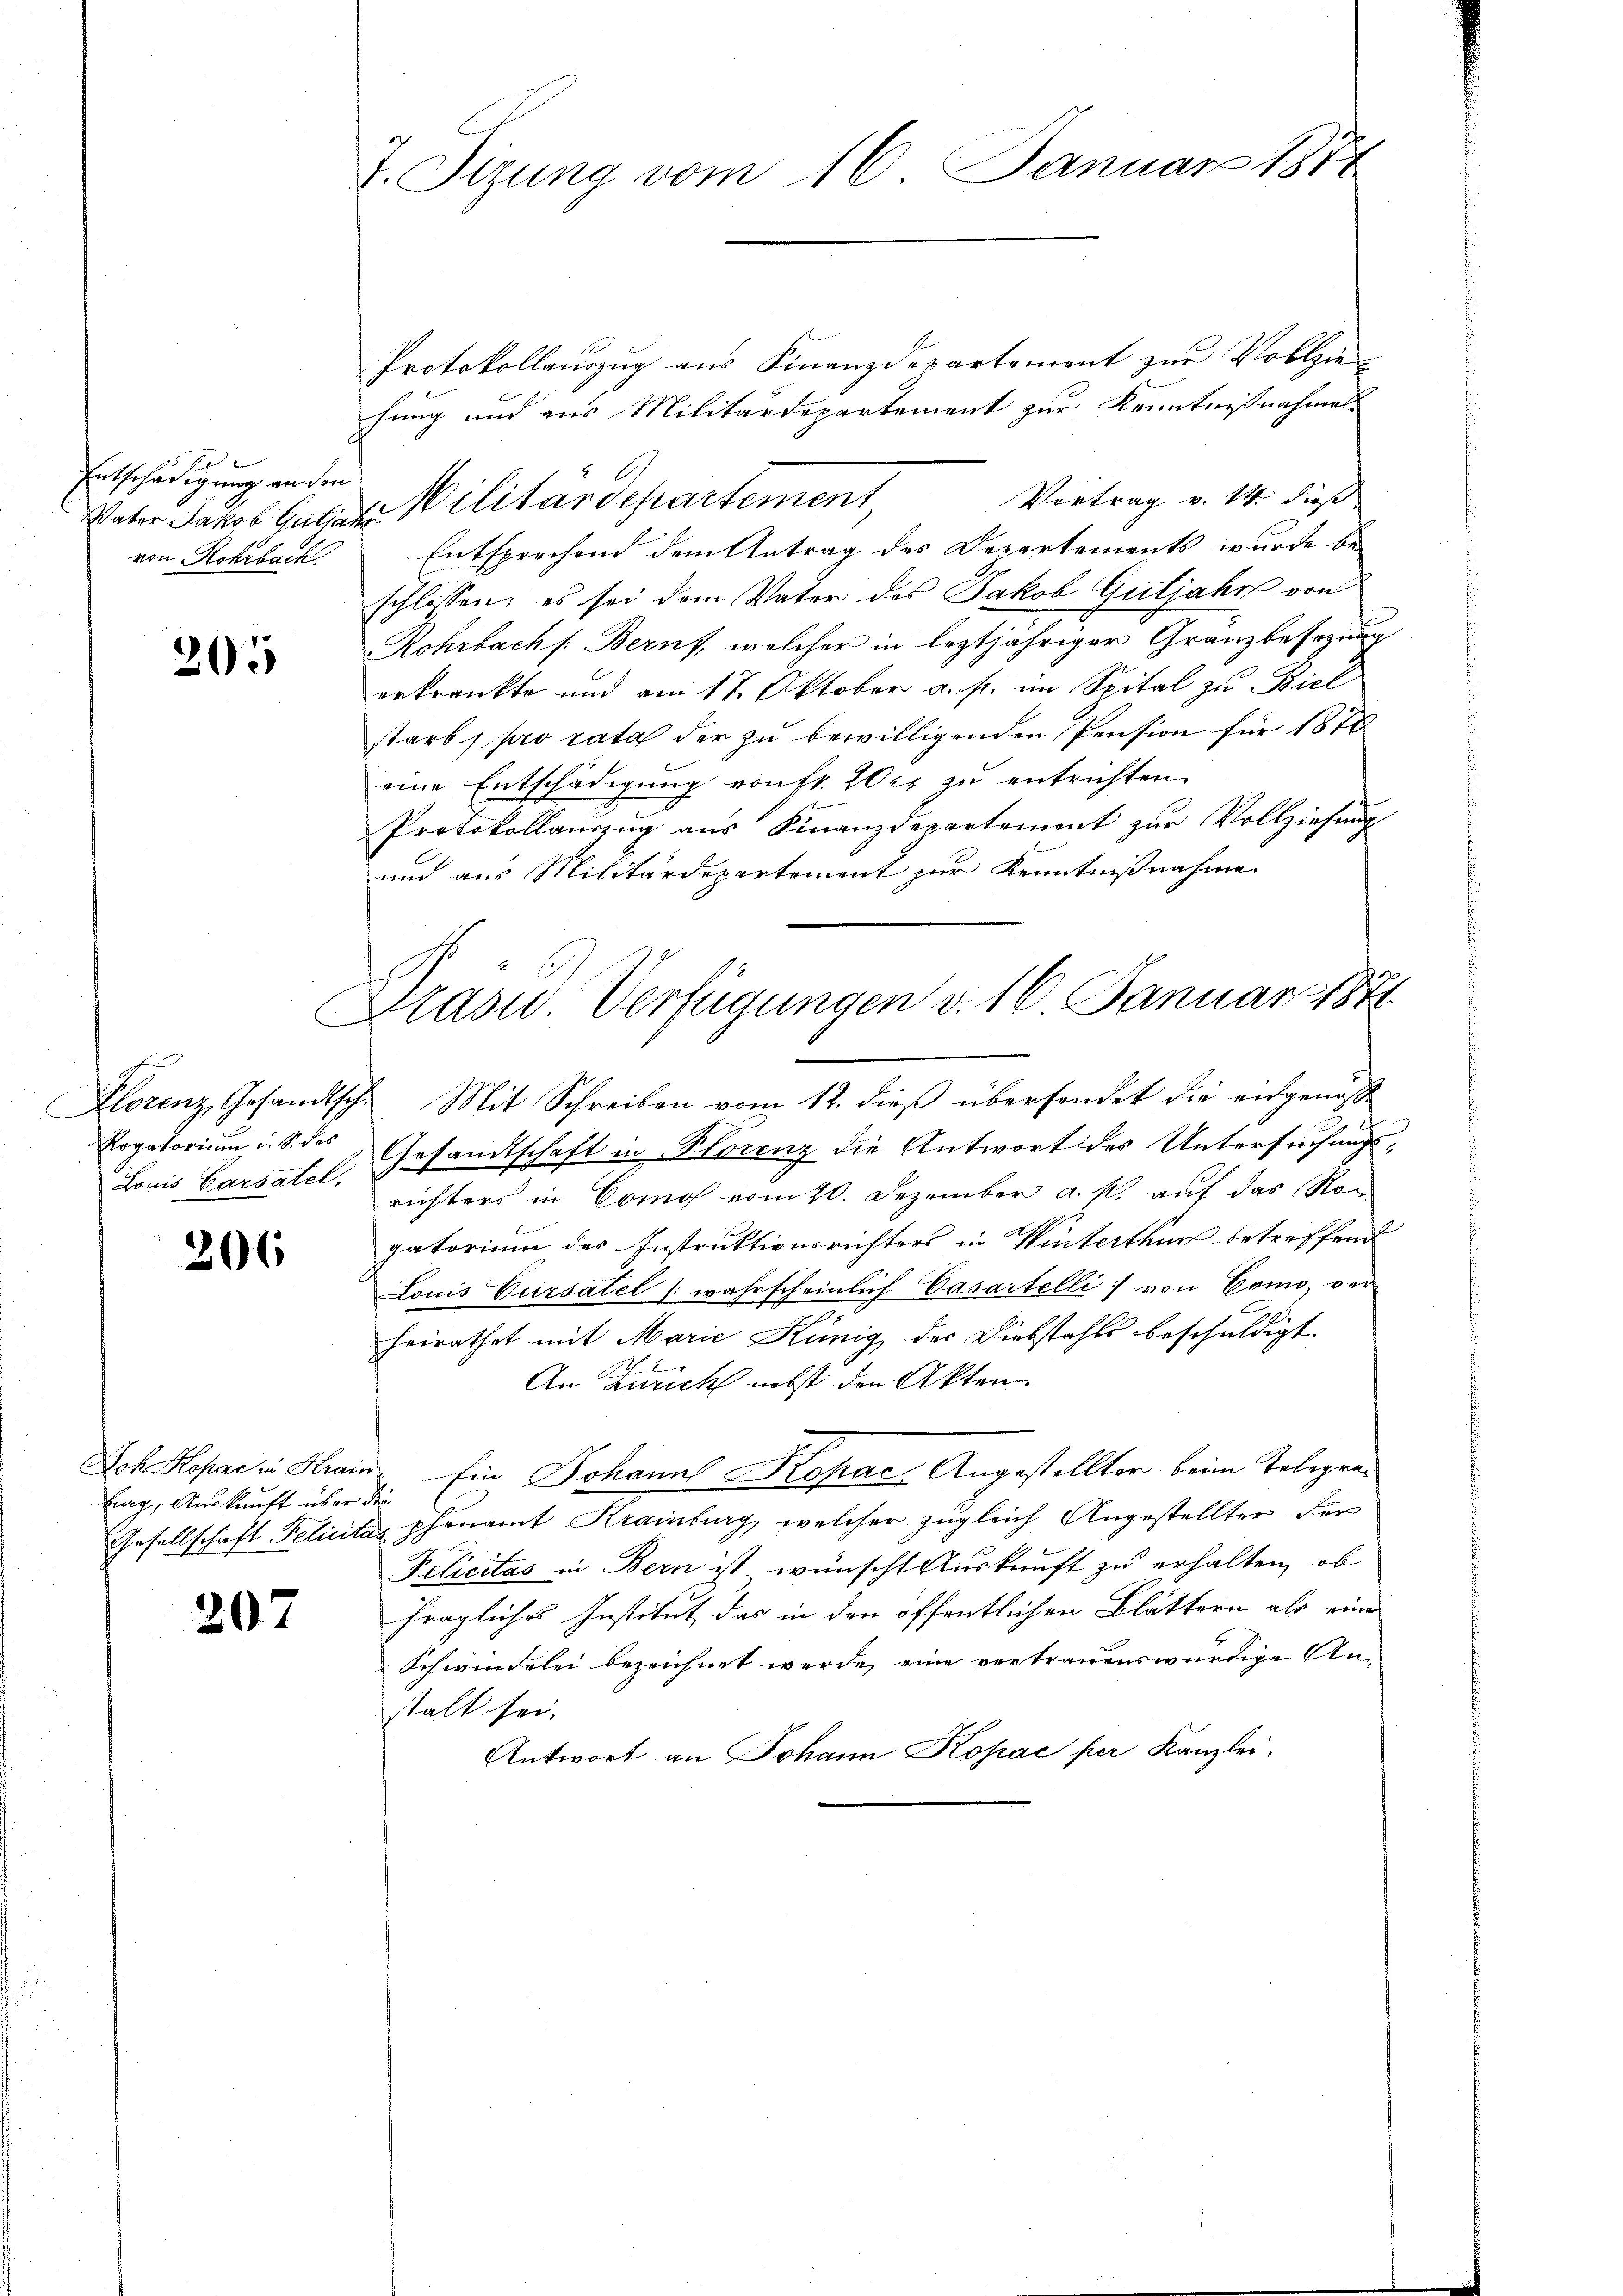
Entschädigung an den
Vater Jakob Gutha
von Rohrbach

205

Rogatorium d. S. des
Louis Carsatel,

206

lag, Auskunft über die

207

. Sizung vom 16. Januar 1874

Protokollauszug aus Finanzdepartement zur Vollzie-
hung und aus Militärdepartement zur Kenntnißnahmes
Vortrag v. 14. dieß
in Vilitardepartement,
Entsprechend dem Antrag des Departements wurde beschlossen; es sei dem Vater des Jakob Gutjahr von
Rohrbach Beruf, welcher in leztjähriger Granzbesezung
erkränkte und am 17. Oktober a. f. im Spital zu Biel
starb, pro rata der zu bewilligenden Pension für 1878
eine Entschädigung von fr. 20 l. zu entrichten.
Protokollauszug aus Finanzdepartement zur Vollziehung
und aus Militärdepartement zur Kenntnißnahme

Präsid.. Verfügungen v. 16. Januar 1871.

Klorenz, Gesandtsche Mit Schreiben vom 12. dieβ überhandet die eidgenöss
Gesandtschaft in Florenz die Antwort des Untersuchungsrichters in Comos vom 20. Dezember a. p. auf das Nor
gatorium des Instruktionsrichters in Winterthur betreffend
Louis Cursatel (wahrscheinlich Casartelli von Como ver
2
heirathet mit Marie Kunig der Diebstahls beschuldigt.
h
An Zürich nebst den Akten
Joh. Kopac in Krain. Ein Johanns Kohac-Angestellter beim Telegra¬
Gesellschaft Pelicitas phenamt Krainburg, welcher zugleich Angestellter der
Pelicitas in Bern ist wünscht Auskunft zu erhalten, ob
fragliches Institut das in den öffentlichen Blättern als eine
Schwindelei bezeichnet werde, eine vertrauenswürdige An-
talt sei.
Antwort an Johann Kopac per Kanzlei,